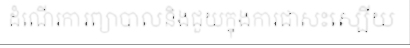
ដំណើរការព្យាបាលនិងជួយក្នុងការជាសះស្បើយ